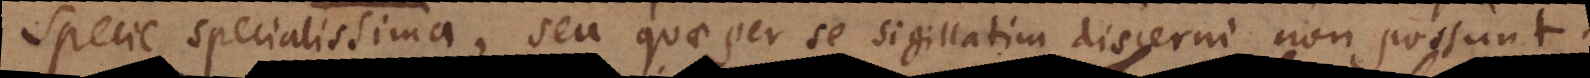
specie specialissima, seu quae per se sigillatim discerni non possunt.